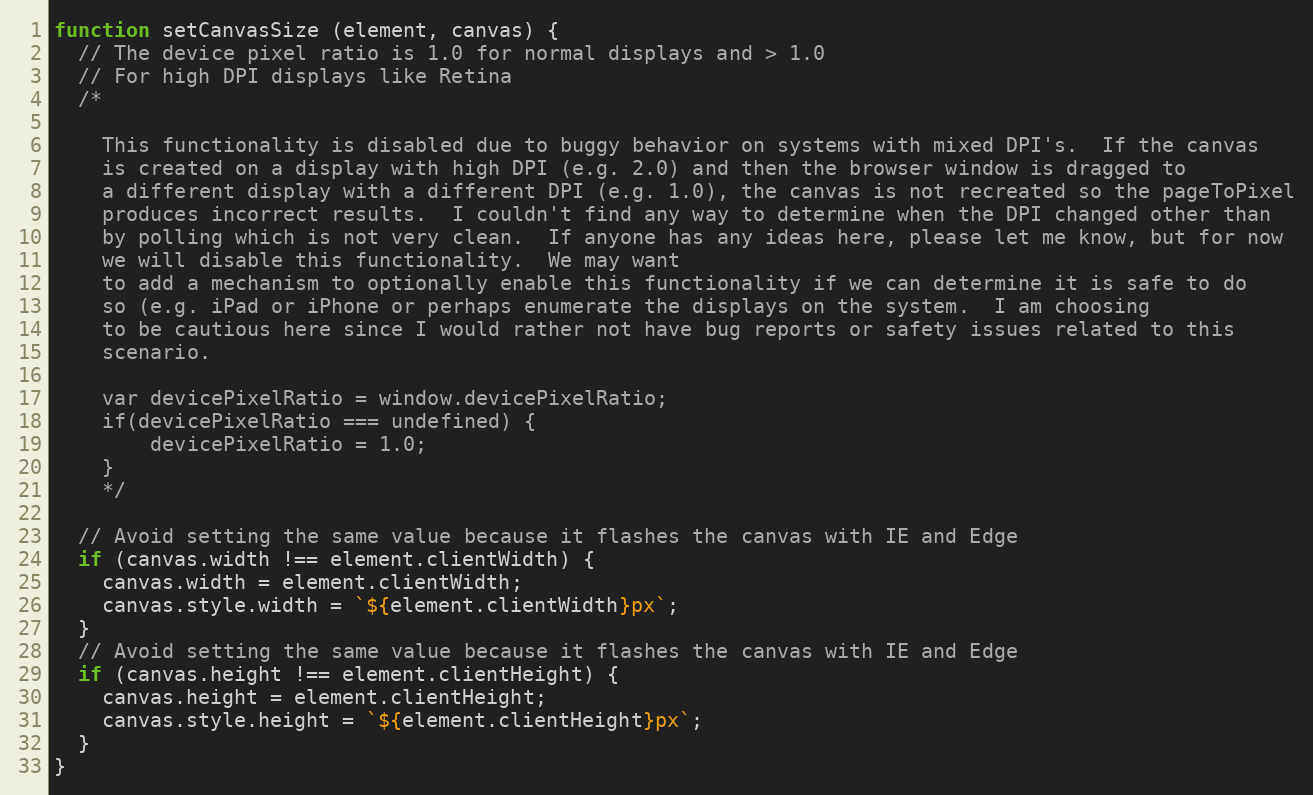
Language: JavaScript
function setCanvasSize (element, canvas) {
  // The device pixel ratio is 1.0 for normal displays and > 1.0
  // For high DPI displays like Retina
  /*

    This functionality is disabled due to buggy behavior on systems with mixed DPI's.  If the canvas
    is created on a display with high DPI (e.g. 2.0) and then the browser window is dragged to
    a different display with a different DPI (e.g. 1.0), the canvas is not recreated so the pageToPixel
    produces incorrect results.  I couldn't find any way to determine when the DPI changed other than
    by polling which is not very clean.  If anyone has any ideas here, please let me know, but for now
    we will disable this functionality.  We may want
    to add a mechanism to optionally enable this functionality if we can determine it is safe to do
    so (e.g. iPad or iPhone or perhaps enumerate the displays on the system.  I am choosing
    to be cautious here since I would rather not have bug reports or safety issues related to this
    scenario.

    var devicePixelRatio = window.devicePixelRatio;
    if(devicePixelRatio === undefined) {
        devicePixelRatio = 1.0;
    }
    */

  // Avoid setting the same value because it flashes the canvas with IE and Edge
  if (canvas.width !== element.clientWidth) {
    canvas.width = element.clientWidth;
    canvas.style.width = `${element.clientWidth}px`;
  }
  // Avoid setting the same value because it flashes the canvas with IE and Edge
  if (canvas.height !== element.clientHeight) {
    canvas.height = element.clientHeight;
    canvas.style.height = `${element.clientHeight}px`;
  }
}